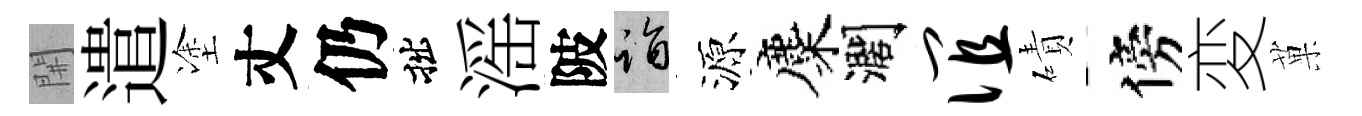
𨳩遣塗丈仍拙滛陂诣源麋濶谊磧傍変菓